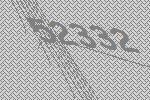
52332